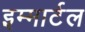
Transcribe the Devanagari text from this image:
इम्मार्टल